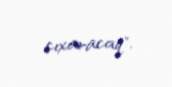
çıxaracaq".